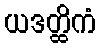
ယဒတ္ထိကံ